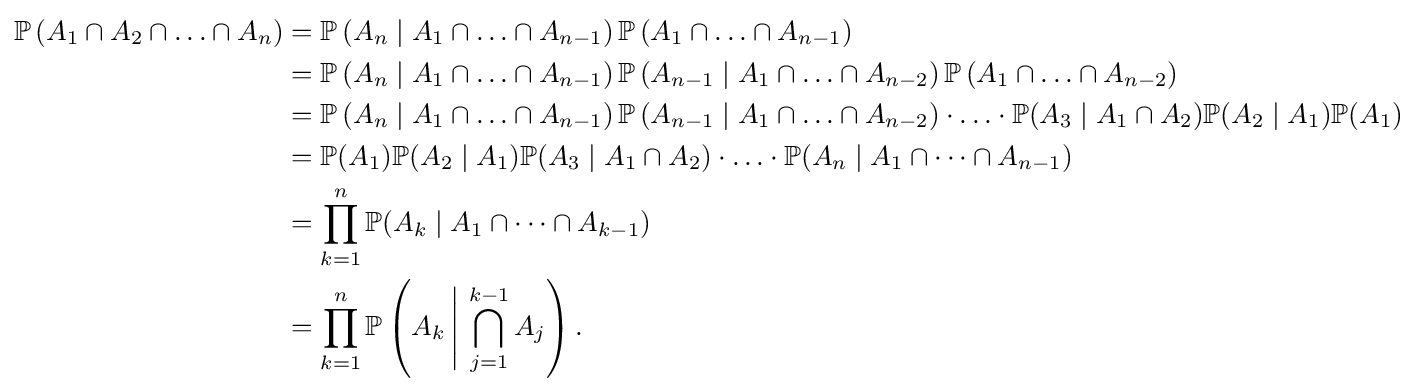
{\begin{aligned}\mathbb {P} \left(A_{1}\cap A_{2}\cap \ldots \cap A_{n}\right)&=\mathbb {P} \left(A_{n}\mid A_{1}\cap \ldots \cap A_{n-1}\right)\mathbb {P} \left(A_{1}\cap \ldots \cap A_{n-1}\right)\\&=\mathbb {P} \left(A_{n}\mid A_{1}\cap \ldots \cap A_{n-1}\right)\mathbb {P} \left(A_{n-1}\mid A_{1}\cap \ldots \cap A_{n-2}\right)\mathbb {P} \left(A_{1}\cap \ldots \cap A_{n-2}\right)\\&=\mathbb {P} \left(A_{n}\mid A_{1}\cap \ldots \cap A_{n-1}\right)\mathbb {P} \left(A_{n-1}\mid A_{1}\cap \ldots \cap A_{n-2}\right)\cdot \ldots \cdot \mathbb {P} (A_{3}\mid A_{1}\cap A_{2})\mathbb {P} (A_{2}\mid A_{1})\mathbb {P} (A_{1})\\&=\mathbb {P} (A_{1})\mathbb {P} (A_{2}\mid A_{1})\mathbb {P} (A_{3}\mid A_{1}\cap A_{2})\cdot \ldots \cdot \mathbb {P} (A_{n}\mid A_{1}\cap \dots \cap A_{n-1})\\&=\prod _{k=1}^{n}\mathbb {P} (A_{k}\mid A_{1}\cap \dots \cap A_{k-1})\\&=\prod _{k=1}^{n}\mathbb {P} \left(A_{k}\,{\Bigg |}\,\bigcap _{j=1}^{k-1}A_{j}\right).\end{aligned}}